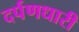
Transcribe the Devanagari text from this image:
दर्पणधारी